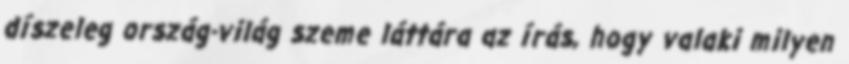
díszeleg ország-világ szeme láttára az írás, hogy valaki milyen